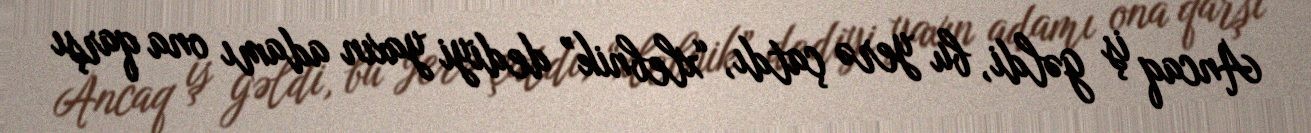
Ancaq iş gəldi, bu yerə çatdı, “xlebnik” dediyi yaxın adamı ona qarşı